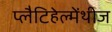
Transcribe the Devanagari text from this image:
प्लैटिहेल्मेंथीज